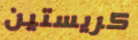
كريستين